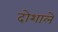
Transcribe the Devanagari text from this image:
दोशाले